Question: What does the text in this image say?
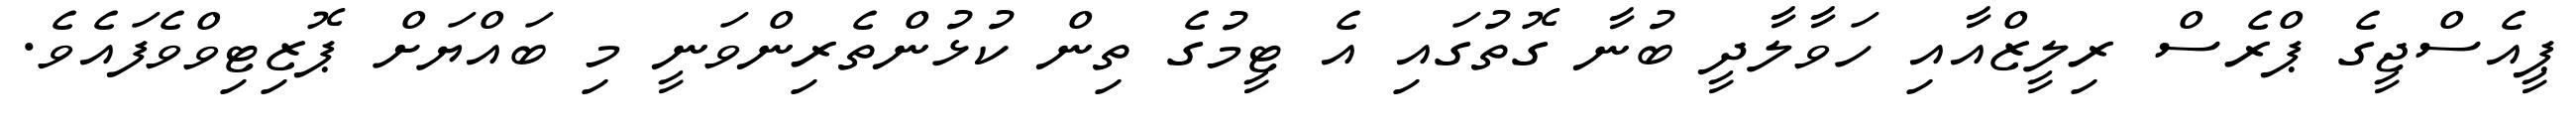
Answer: ޕީއެސްޖީގެ ޕްރެސް ރިލީޒްއާއި ހަވާލާދީ ބުނާ ގޮތުގައި އެ ޓީމުގެ ތިން ކުޅުންތެރިންވަނީ މި ބައްޔަށް ޕޮޒިޓިވްވެފައެވެ.